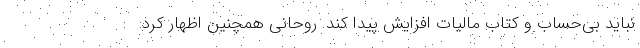
نباید بی‌حساب و کتاب مالیات افزایش پیدا کند. روحانی همچنین اظهار کرد: